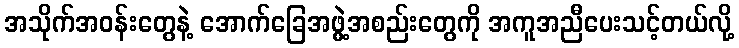
အသိုက်အဝန်းတွေနဲ့ အောက်ခြေအဖွဲ့အစည်းတွေကို အကူအညီပေးသင့်တယ်လို့